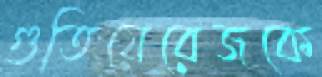
গুতিয়েরেজকে